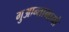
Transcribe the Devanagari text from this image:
गुआन्तानामो